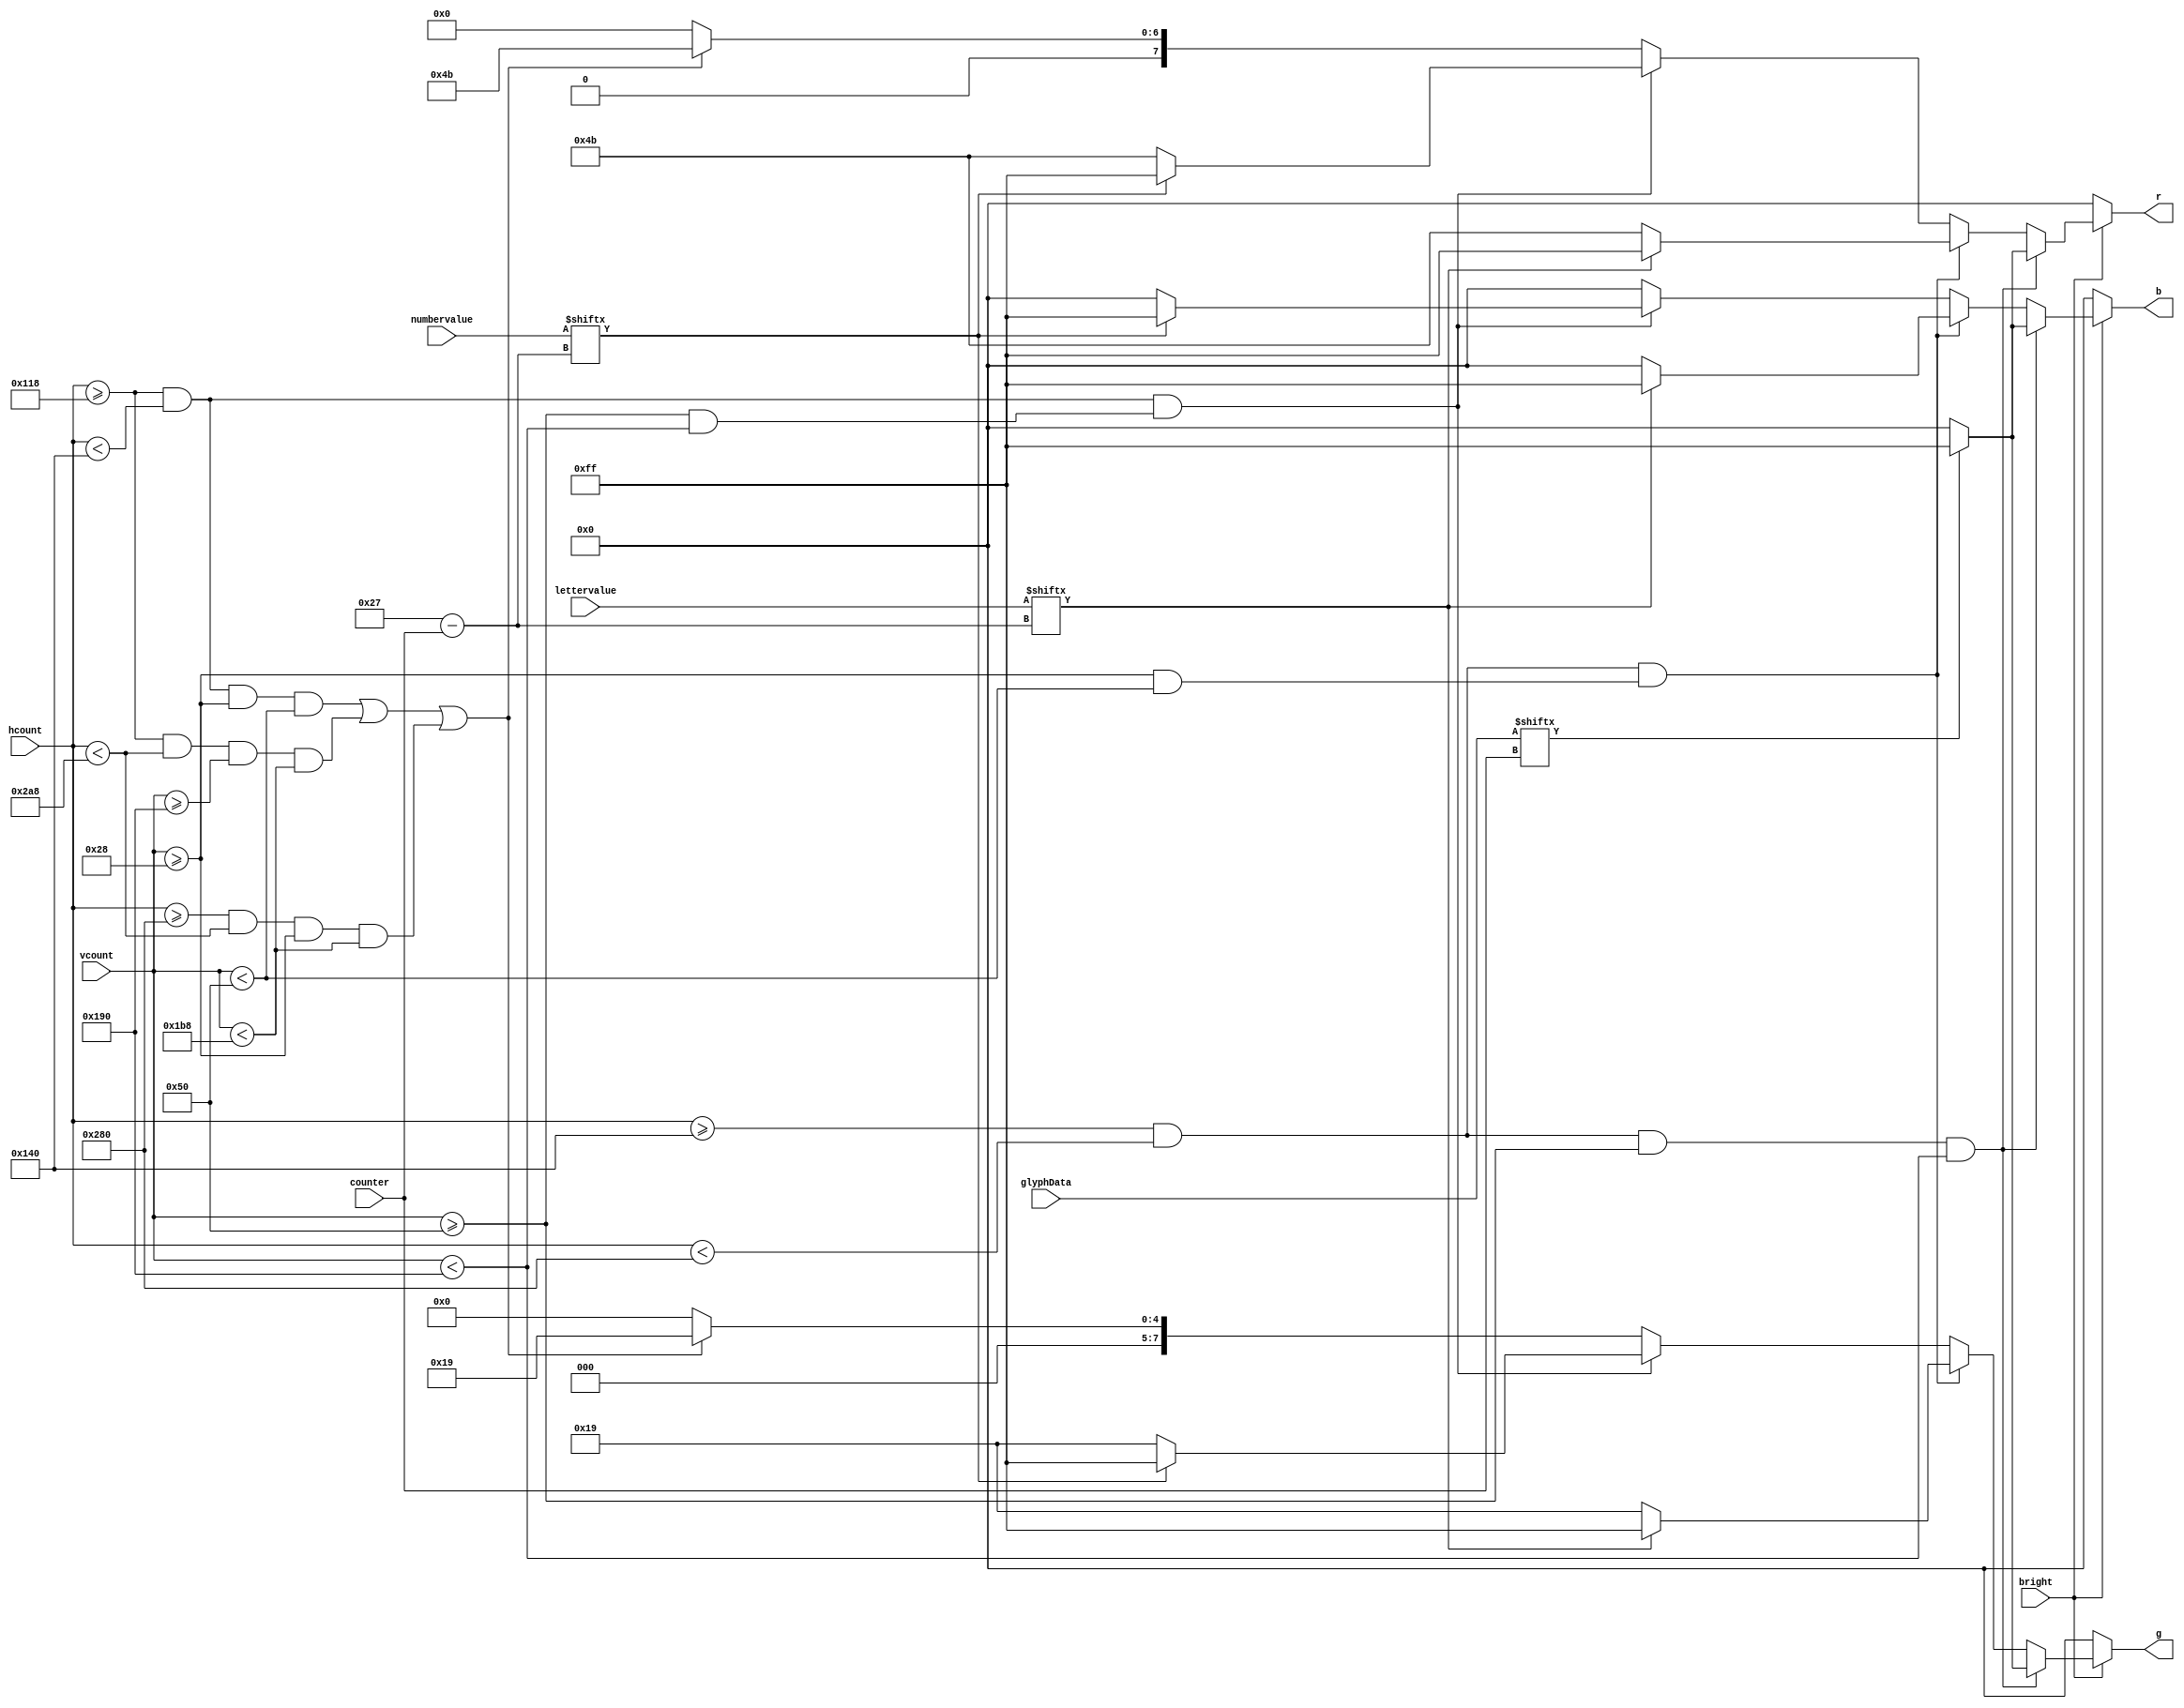

module bitGen2(bright,glyphData,counter,  g, b, r, hcount, vcount,lettervalue,numbervalue); // bitGen 1 that colors the whole screen depending on 8 switches colors

input bright; 
input [9:0] hcount, vcount;
input [39:0] glyphData;
input [0:39] lettervalue,numbervalue;
input [5:0] counter; 

reg [39:0]value;
 
output reg [7:0] r, g, b; // for red, green, blue

	//always block to determine where we are within the vga by hcount and vcount
	always@(*) begin 
		if(bright == 1) begin // start coloring when bright is on
			//glyph building
			if((hcount >= 320) && (hcount < 640) && (vcount >= 80) && (vcount < 400))begin
				//if glyph number is 1 then white
				if(glyphData[counter] == 1)begin 
				r = 8'd255;
				g = 8'd255;
				b = 8'd255;
			
					end 
				else if(glyphData[counter] == 0)begin 
						r = 8'd0;
						g = 8'd0;
						b = 8'd0;
					end 
				else begin 
						r = 8'd0;
						g = 8'd0;
						b = 8'd0;
					end
			end
			//building letters
			else if(((hcount >= 320 && hcount < 640) && (vcount >= 40 && vcount < 80)))begin //top section for letters
					if(lettervalue[counter] == 1)begin
						r = 8'd255;
						g = 8'd255;
						b = 8'd255;
					end
					else if(lettervalue[counter] == 0) begin
						r = 8'd75;
						g = 8'd25;
						b = 8'd0;
					end
					else begin 
						r = 8'd0;
						g = 8'd0;
						b = 8'd0;
					
					end 

				end
			//building numbers
			else if ((hcount >= 280 && hcount < 320 ) && (vcount >= 80 && vcount < 400))begin
					if(numbervalue[counter] == 1)begin
						r = 8'd255;
						g = 8'd255;
						b = 8'd255;
					end
					else if(numbervalue[counter] == 0) begin
						r = 8'd75;
						g = 8'd25;
						b = 8'd0;
					
					end
					else begin 
						r = 8'd0;
						g = 8'd0;
						b = 8'd0;
					
			
					end
			end
			//building boarder around chest board
			else if((hcount >= 280 && hcount < 320 && vcount >= 40 && vcount < 80) ||
				((hcount >= 280) && (hcount < 680) &&(vcount >= 400) && (vcount < 440))||
				((hcount >= 640) && (hcount < 680) && (vcount >= 40) && (vcount < 440)) )begin
					r = 8'd75;
						g = 8'd25;
						b = 8'd0;
			end
			else begin 
				r = 8'd0;
				g = 8'd0;
				b = 8'd0;
			end 
		end
		else begin
			r = 8'd0;
			g = 8'd0;
			b = 8'd0;	
			end
	end
	
endmodule